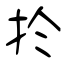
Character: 扵